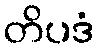
တိပဒံ